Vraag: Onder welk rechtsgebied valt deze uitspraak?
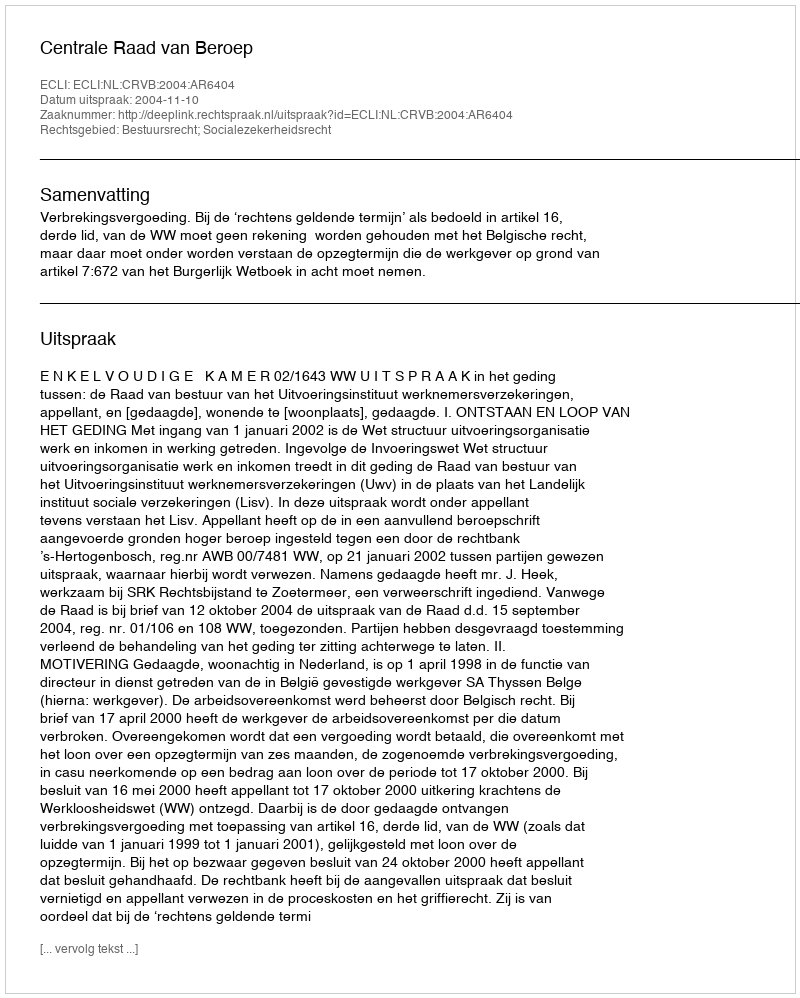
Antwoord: Bestuursrecht; Socialezekerheidsrecht